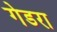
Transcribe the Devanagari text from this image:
गेडरा